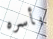
بأسره